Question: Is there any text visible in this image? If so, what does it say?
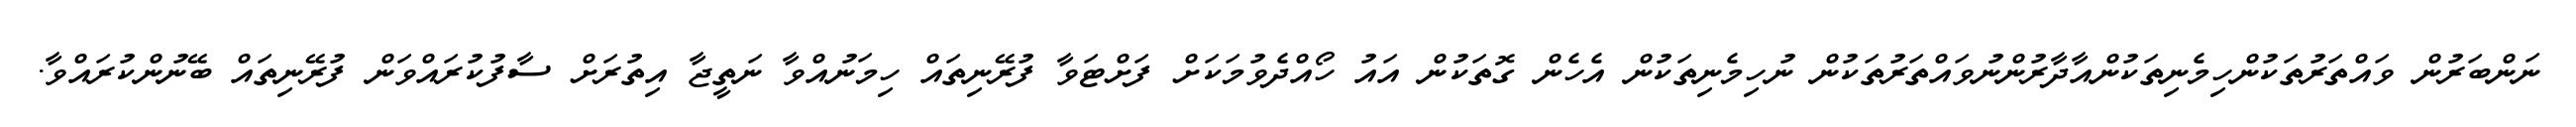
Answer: ނަންބަރުން ވައްތަރުތަކުންހިމެނިތަކުންއާދާރުންނުވައްތަރުތަކުން ނުހިމެނިތަކުން އެހެން ގޮތަކުން އައު ހޯއްދެވުމަކަށް ފަށްޓަވާ ފުރޭނިތައް ހިމަނުއްވާ ނަތީޖާ އިތުރަށް ސާފުކުރައްވަން ފުރޭނިތައް ބޭނުންކުރައްވާ.